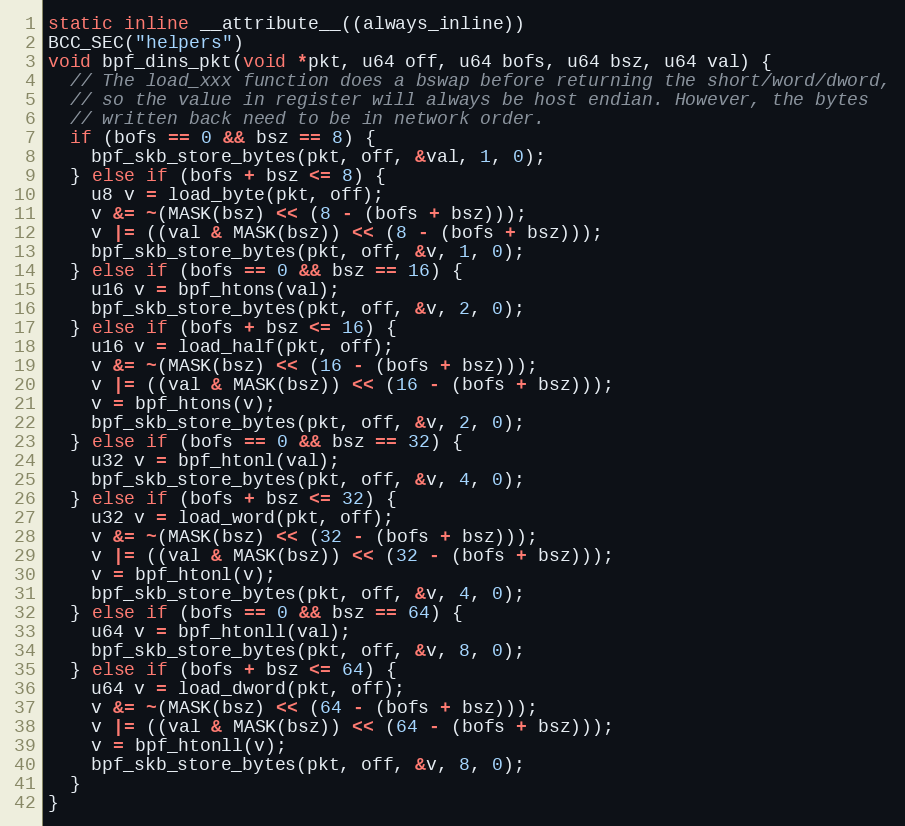
Language: C
static inline __attribute__((always_inline))
BCC_SEC("helpers")
void bpf_dins_pkt(void *pkt, u64 off, u64 bofs, u64 bsz, u64 val) {
  // The load_xxx function does a bswap before returning the short/word/dword,
  // so the value in register will always be host endian. However, the bytes
  // written back need to be in network order.
  if (bofs == 0 && bsz == 8) {
    bpf_skb_store_bytes(pkt, off, &val, 1, 0);
  } else if (bofs + bsz <= 8) {
    u8 v = load_byte(pkt, off);
    v &= ~(MASK(bsz) << (8 - (bofs + bsz)));
    v |= ((val & MASK(bsz)) << (8 - (bofs + bsz)));
    bpf_skb_store_bytes(pkt, off, &v, 1, 0);
  } else if (bofs == 0 && bsz == 16) {
    u16 v = bpf_htons(val);
    bpf_skb_store_bytes(pkt, off, &v, 2, 0);
  } else if (bofs + bsz <= 16) {
    u16 v = load_half(pkt, off);
    v &= ~(MASK(bsz) << (16 - (bofs + bsz)));
    v |= ((val & MASK(bsz)) << (16 - (bofs + bsz)));
    v = bpf_htons(v);
    bpf_skb_store_bytes(pkt, off, &v, 2, 0);
  } else if (bofs == 0 && bsz == 32) {
    u32 v = bpf_htonl(val);
    bpf_skb_store_bytes(pkt, off, &v, 4, 0);
  } else if (bofs + bsz <= 32) {
    u32 v = load_word(pkt, off);
    v &= ~(MASK(bsz) << (32 - (bofs + bsz)));
    v |= ((val & MASK(bsz)) << (32 - (bofs + bsz)));
    v = bpf_htonl(v);
    bpf_skb_store_bytes(pkt, off, &v, 4, 0);
  } else if (bofs == 0 && bsz == 64) {
    u64 v = bpf_htonll(val);
    bpf_skb_store_bytes(pkt, off, &v, 8, 0);
  } else if (bofs + bsz <= 64) {
    u64 v = load_dword(pkt, off);
    v &= ~(MASK(bsz) << (64 - (bofs + bsz)));
    v |= ((val & MASK(bsz)) << (64 - (bofs + bsz)));
    v = bpf_htonll(v);
    bpf_skb_store_bytes(pkt, off, &v, 8, 0);
  }
}